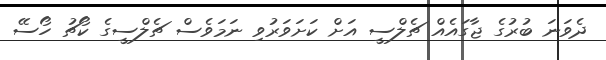
ދެވަނަ ބުރުގެ ޖާގައެއް ޗެލްސީ އަށް ކަށަވަރުވި ނަމަވެސް ޗެލްސީގެ ކޯޗު ހޯސޭ